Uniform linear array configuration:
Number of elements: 32
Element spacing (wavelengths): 0.25
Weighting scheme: hamming
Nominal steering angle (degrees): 30
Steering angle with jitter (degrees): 30.888
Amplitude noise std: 0.05
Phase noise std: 0.05

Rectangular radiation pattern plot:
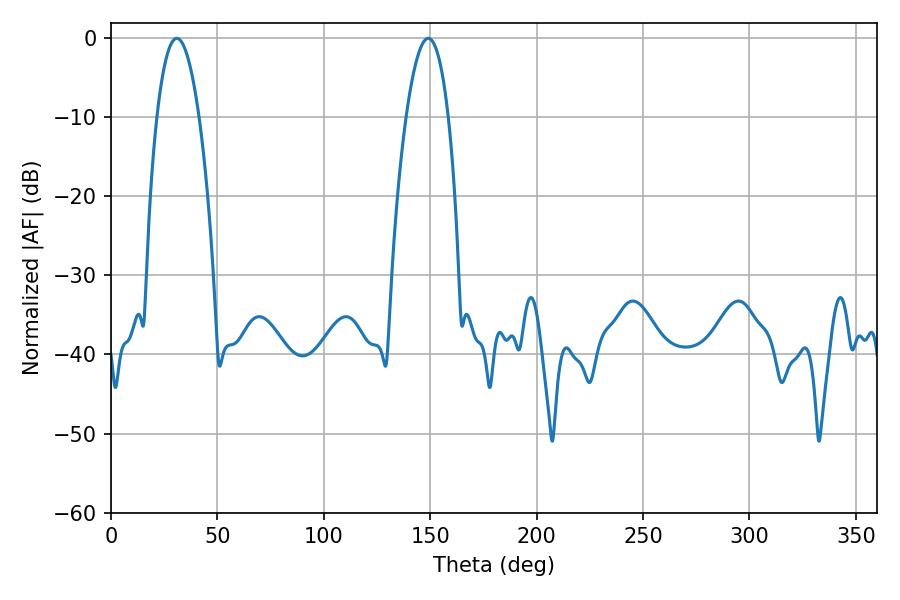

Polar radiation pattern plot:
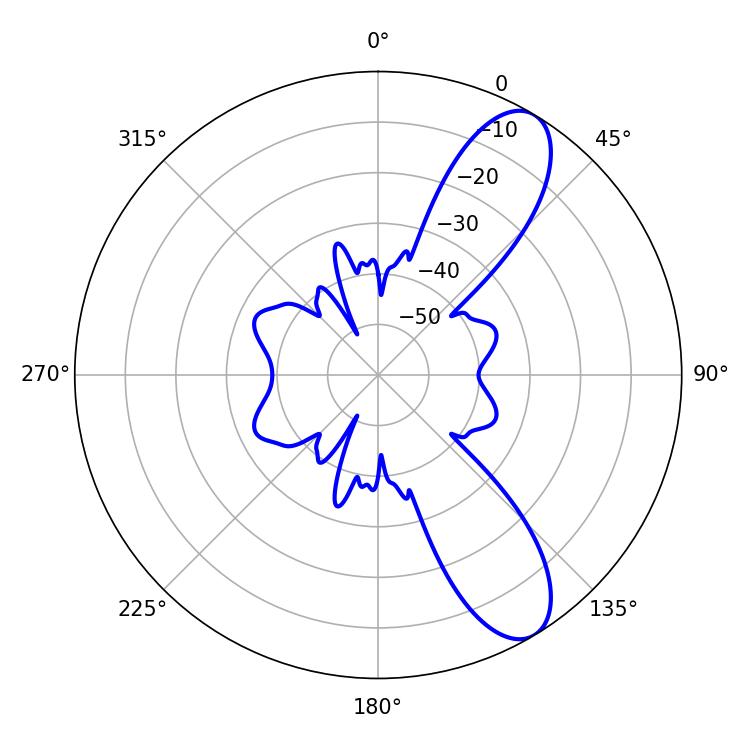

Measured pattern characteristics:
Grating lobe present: FALSE
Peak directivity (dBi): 9.757
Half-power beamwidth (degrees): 10.98
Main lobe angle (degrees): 30.96